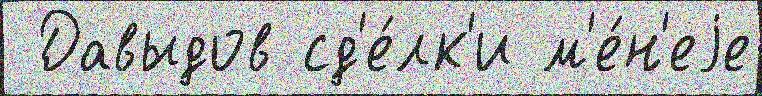
 Давыдов сд'е́лк'и м'е́н'еjе